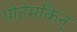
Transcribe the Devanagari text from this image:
पोटेमकिन्